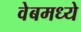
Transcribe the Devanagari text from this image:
वेबमध्ये